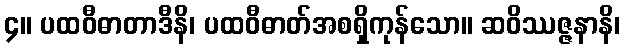
၄။ ပထဝီဓာတာဒီနိ၊ ပထဝီဓာတ်အစရှိကုန်သော။ ဆဝိဿဇ္ဇနာနိ၊